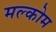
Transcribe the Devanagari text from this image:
मल्कोम